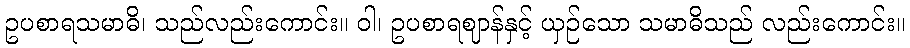
ဥပစာရသမာဓိ၊ သည်လည်းကောင်း။ ဝါ၊ ဥပစာရဈာန်နှင့် ယှဉ်သော သမာဓိသည် လည်းကောင်း။